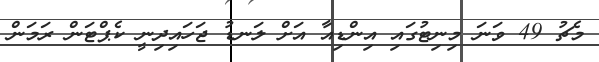
މެޗު 49 ވަނަ މިނިޓުގައި އިންޑިއާ އަށް ލަނޑު ޖަހައިދިނީ ކެޕްޓަން ރަަމަން